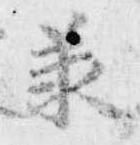
承